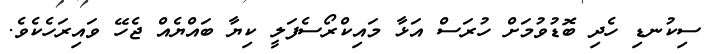
ސިކުނޑި ހެދި ބޮޑުވުމަށް ހުރަސް އަޅާ މައިކްރޯސެފަލީ ކިޔާ ބައްޔެއް ޖެހޭ ވައިރަހެކެވެ.